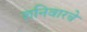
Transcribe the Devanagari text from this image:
शनिवारचे